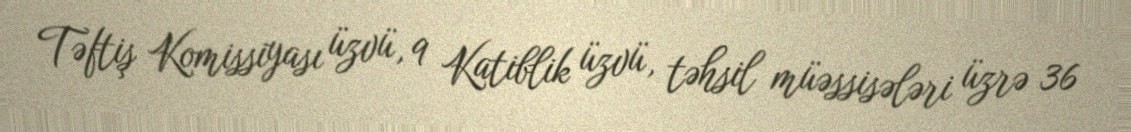
Təftiş Komissiyası üzvü, 9 Katiblik üzvü, təhsil müəssisələri üzrə 36